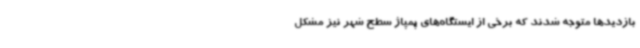
بازدیدها متوجه شدند که برخی از ایستگاه‌های پمپاژ سطح شهر نیز مشکل